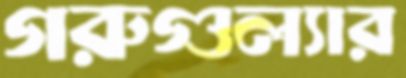
গরুগুল্যার